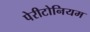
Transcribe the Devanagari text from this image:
पेरीटोनियम